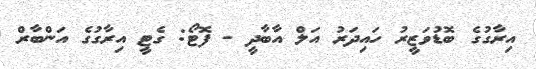
އިރާގުގެ ބޮޑުވަޒީރު ހައިދަރު އަލް އާބާދީ - ފޮޓޯ: ގެޓީ އިރާގުގެ އަންބާރް